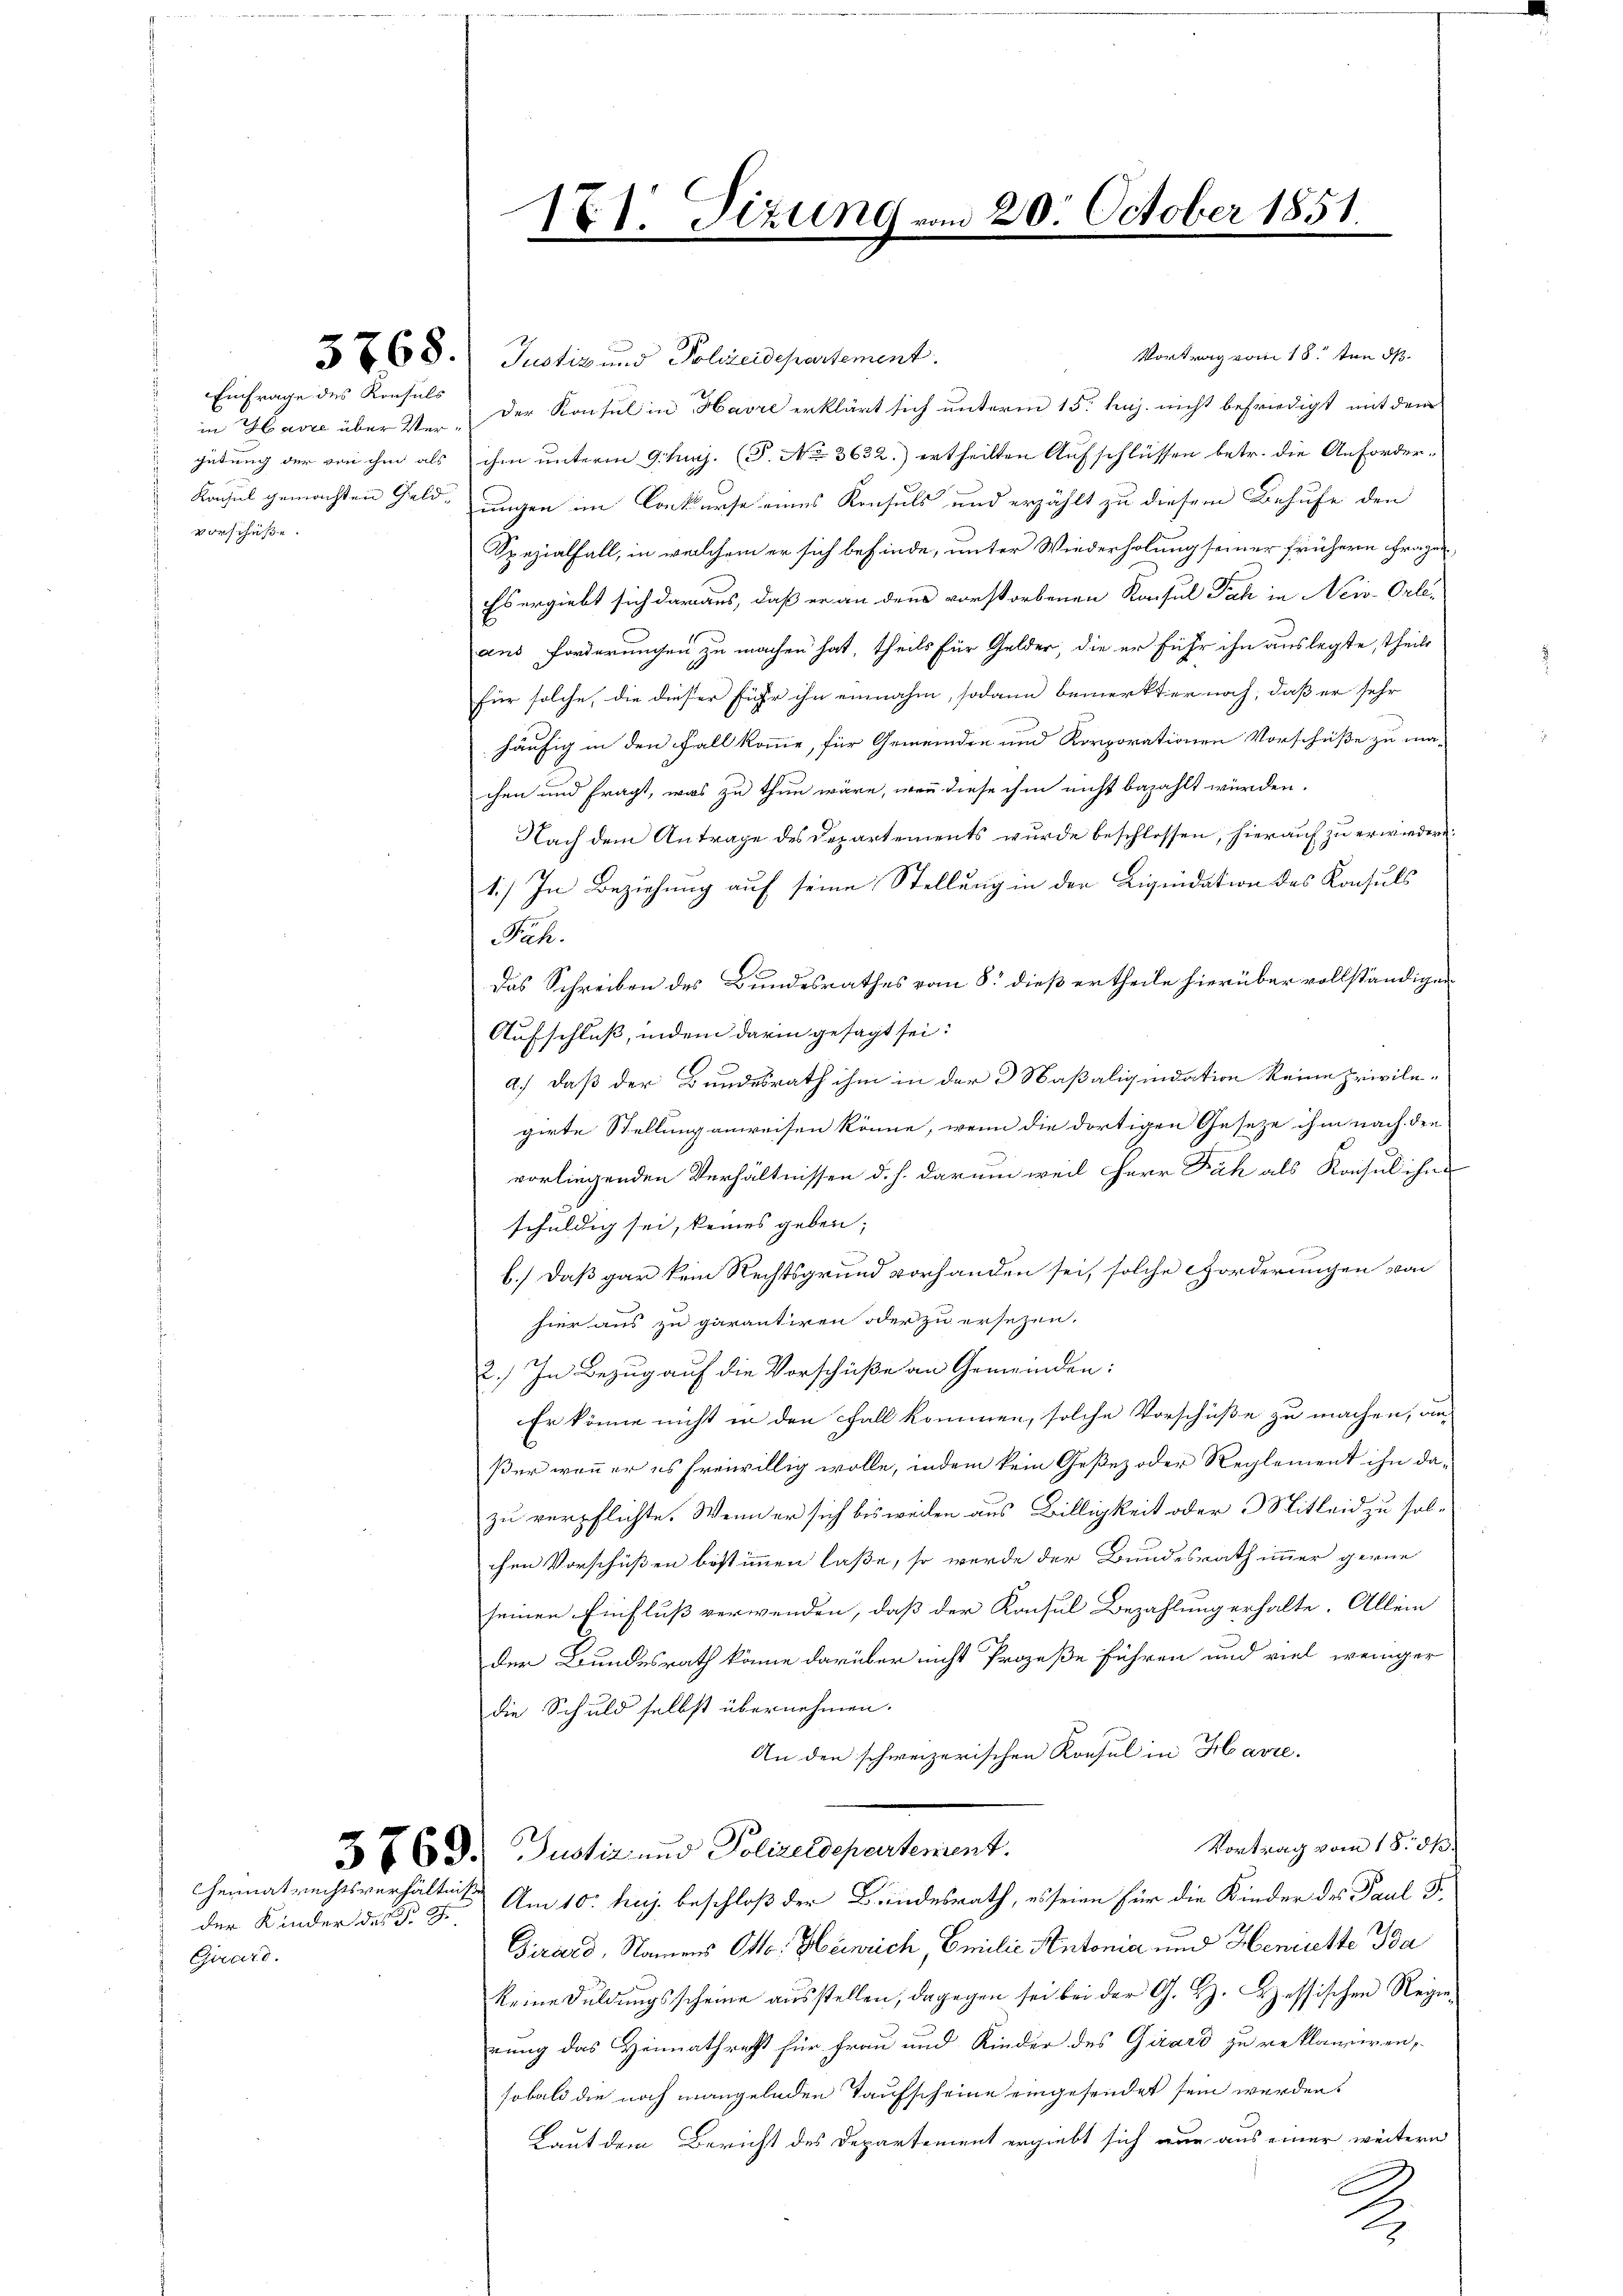
Einfrage des Konsuls
in Havre über Vergütung der von ihm als
vorschüße.

Vortrag vom 18. ten ds
3 768. Justiz und Polizeidepartement.
Der Konsul in Havre erklärt sich unterm 15. huj. nicht befriedigt mit dem
ihm unterm 9. huj. (T. No 3632.) ertheilten Aufschlüssen betr. die Anforder¬
Konsul gemachten Geld- ungen im Konkurse eines Konsuls und erzählt zu diesem Behufe den
Spezialfall, in welchem er sich befinde, unter Wiederholung seiner frühern Fragen,
Es ergiebt sich daraus, daß er an den vorstorbenen Konsul Fach in Neiv-Orle-
aus forderungen zu machen hat, theils für Gelder, die er führ ihn auslegte, theils
für solche, die dieser führ ihn einnahm, sodann bemerkter noch, daß er sehr
häufig in den Fall komme, für Gemeinden und Korporationen Vorschüße zu ma-
chen und fragt, was zu thun wäre, wenn diese ihm nicht bezahlt würden.
Nach dem Antrage des Departements wurde beschlossen, hierauf zu erwiedern.
1.) In Beziehung auf seine Stellung in der Liquidation des Konsuls
Puk.
Das Schreiben des Bundesrathes vom 8. dieß ertheile hierüber vollständiger
Aufschluß, indem darin gesagt sei.
a.) daß der Bundesrath ihm in der 3 Saßaliquidation keine privilegirte Stellung anweisen könne, wenn die dortigen Geseze ihm nach den
vorliegenden Verhältnissen d. h. darum weil Herr Fäh als Konsul ihne
schuldig sei, keines geben;
b.) Daß gar kein Rechtsgrund vorhanden sei, solche Forderungen von
hier aus zu garantiren oder zu ersezen.
2.) In Bezug auf die Vorschüße an Gemeinden:
Er könne nicht in den Fall kommen, solche Vorschüße zu machen, an
ßer wenn er es freiwillig wolle, indem kein Gesez oder Reglement ihn da-
zu verpflichte. Wenn er sich bis weilen aus Billigkeit oder Mitleid zu solchen Vorschüßen bestimmen laße, so werde der Bundesrath immer gerne
seinen Einfluß verwenden, daß der Konsul Bezahlung erhalte. Allein
der Bundesrath könne darüber nicht Prozeße führen und viel weniger
die Schuld selbst übernehmen.
An den schweizerischen Konsul in Havre.
Vortrag vom 18. ds.
3 763. Justiz und Polizeidepartement.
heimatrechtsverhältnisse. Am 10. huj. beschloß der Bundesrath, es seien für die Kinder des Paul F.
Girard, Namens Otto. Heinrich, Emilie Antonia und Henritte Ba
keine Duldungsscheine ausstellen, dagegen sei bei der G. H. Hessischen Regienung das Heimathrecht für Frau und Kinder des Girard zu reklamiren,
sobald die noch mangelnden Taufscheine eingesendet sein werden.
Laut dem Bericht des Departement ergiebt sich nur aus einer weitern
E
2

der Kinder des P. J.
Girard.

171. Sizung.

20. October 1851.